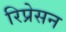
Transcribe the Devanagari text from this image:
रिप्रेसन